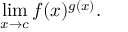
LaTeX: \operatorname* { l i m } _ { x \to c } f ( x ) ^ { g ( x ) } .